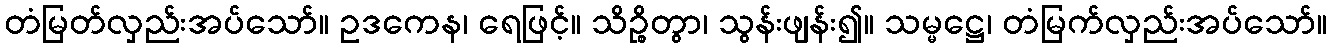
တံမြတ်လှည်းအပ်သော်။ ဥဒကေန၊ ရေဖြင့်။ သိဉ္စိတွာ၊ သွန်းဖျန်း၍။ သမ္မဋ္ဌေ၊ တံမြက်လှည်းအပ်သော်။